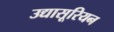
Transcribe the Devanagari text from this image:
उद्यासूरियन